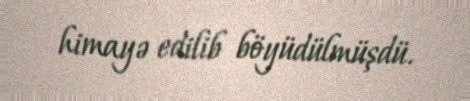
himayə edilib böyüdülmüşdü.